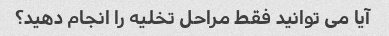
آیا می توانید فقط مراحل تخلیه را انجام دهید؟